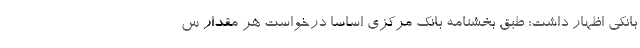
بانکی اظهار داشت: طبق بخشنامه بانک مرکزی اساسا درخواست هر مقدار س